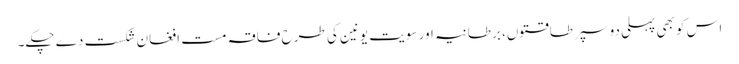
اس کو بھی پہلی دو سپر طاقتوں، برطانیہ اور سویت یونین کی طرح فاقہ مست افغان شکست دے چکے۔